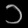
Digit: ၁